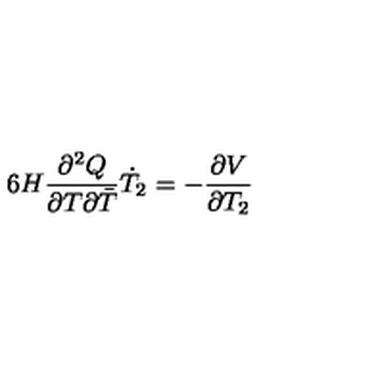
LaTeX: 6 H \frac { \partial ^ { 2 } Q } { \partial T \partial { \bar { T } } } \dot { T } _ { 2 } = - \frac { \partial V } { \partial T _ { 2 } }